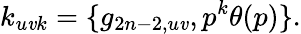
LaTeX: k_{u\mathit{v}k}=\{ g_{2n-2,u\mathit{v}},p^{k}\theta(p)\} .